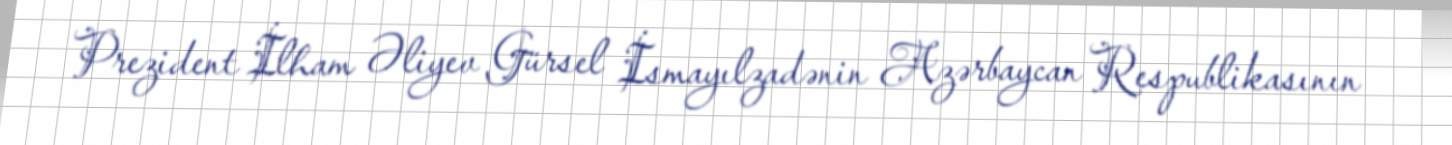
Prezident İlham Əliyev Gürsel İsmayılzadənin Azərbaycan Respublikasının